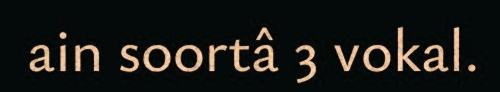
ain soortâ 3 vokal.